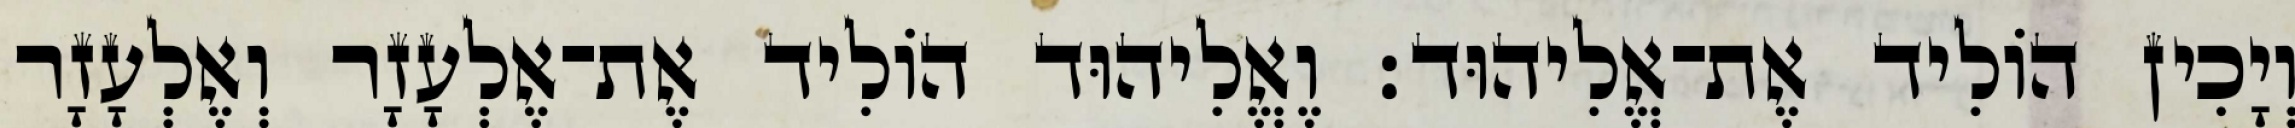
וְיָכִין הוֹלִיד אֶת־אֱלִיהוּד׃ וֶאֱלִיהוּד הוֹלִיד אֶת־אֶלְעָזָר וְאֶלְעָזָר